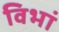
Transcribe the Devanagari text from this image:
विभां